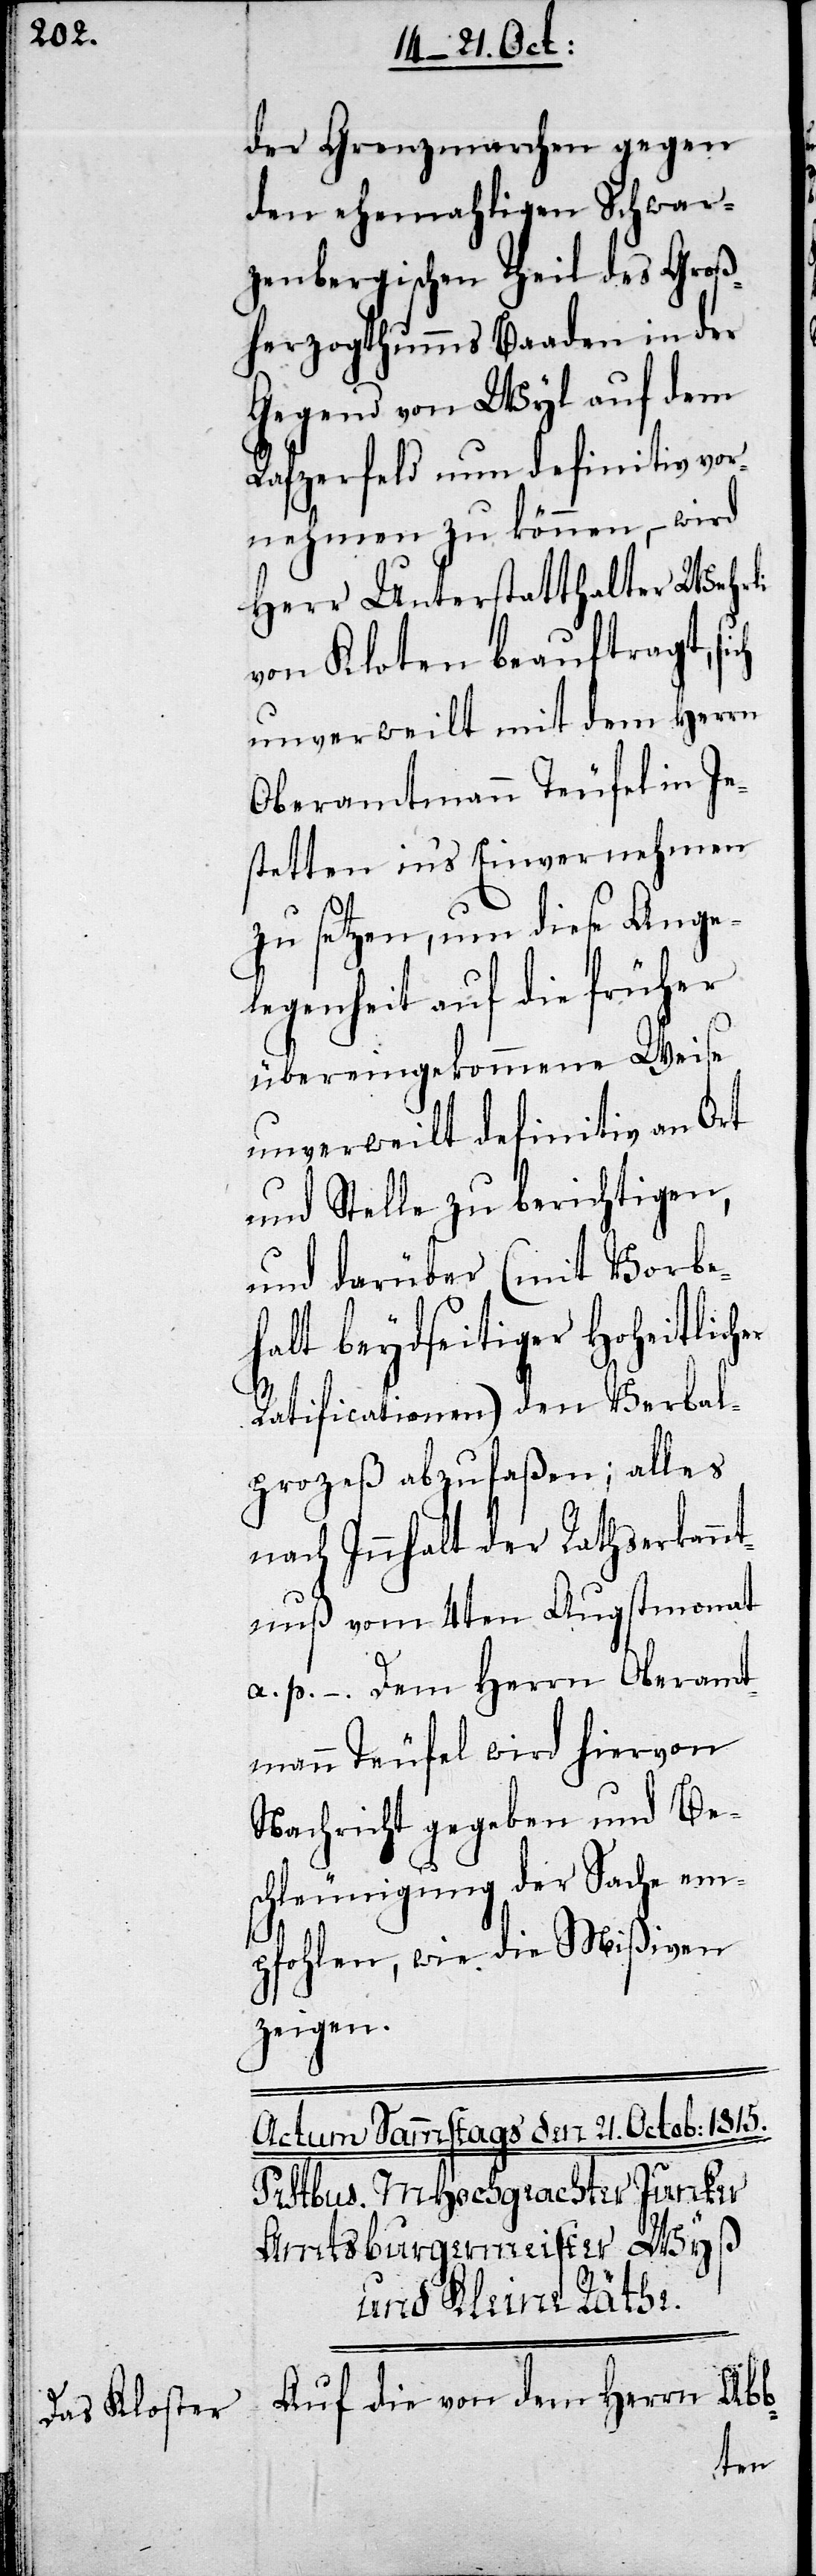
der Grenzmarchen gegen
den ehemahligen Schwar¬
zenbergischen Theil des Groß¬
herzogthumms Baaden in der
Gegend von Wyl auf dem
Rafzerfeld nun definitiv vor¬
nehmen zu können, – wird
Herr Unterstatthalter Wehrli
von Kloten beauftragt, sich
unverweilt mit dem Herrn
Oberamtmann Teufel in Je¬
stetten ins Einvernehmen
zu setzen, um diese Ange¬
legenheit auf die früher
übereingekommene Weise
unverweilt definitiv an Ort
und Stelle zu berichtigen,
und darüber (mit Vorbe¬
halt beydseitiger Hoheitlich¬
Ratificationen) den Verbal¬
proceß abzufaßen; alles
nach Innhalt der Rathserkann¬
tnuß vom 4ten Augstmonat
a. p. – Dem Herrn Oberamt¬
mann Teufel wird hiervon
Nachricht gegeben und Bes¬
chleunigung der Sache em¬
pfohlen, wie die Mißiven
zeigen.
Auf die von dem Herrn Abb-
er